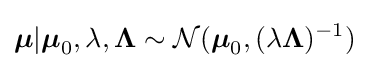
{\boldsymbol {\mu }}|{\boldsymbol {\mu }}_{0},\lambda ,{\boldsymbol {\Lambda }}\sim {\mathcal {N}}({\boldsymbol {\mu }}_{0},(\lambda {\boldsymbol {\Lambda }})^{-1})